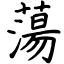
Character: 蕩